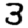
Digit: 3